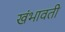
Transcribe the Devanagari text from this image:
खंभावती